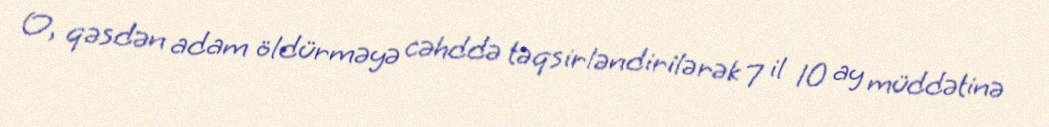
O, qəsdən adam öldürməyə cəhddə təqsirləndirilərək 7 il 10 ay müddətinə